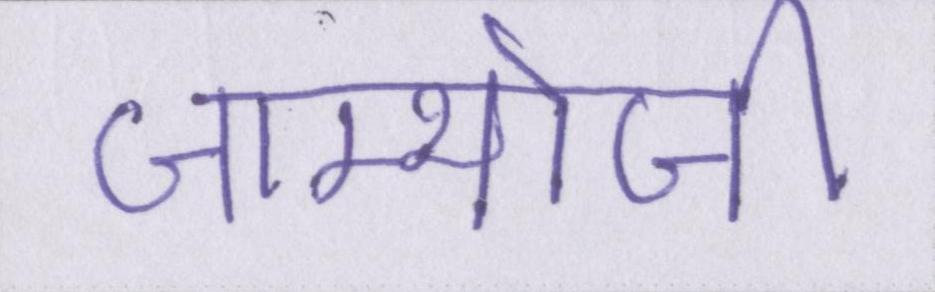
जाम्भोजी